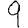
Digit: 9